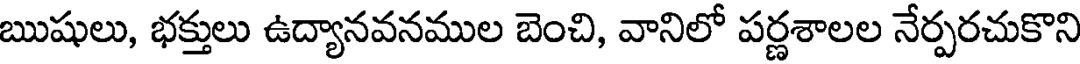
ఋషులు, భక్తులు ఉద్యానవనముల బెంచి, వానిలో పర్ణశాలల నేర్పరచుకొని